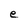
Character: e